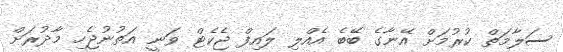
ސަލާމަތް ކުރުމަށް އޭނާގެ ބޭބެ އެއްލި ލައިފް ޖެކެޓް ވަނީ އަތުނުޖެހި މާދުރަށް